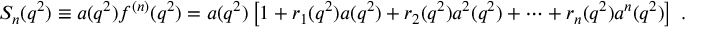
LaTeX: S _ { n } ( q ^ { 2 } ) \equiv a ( q ^ { 2 } ) f ^ { ( n ) } ( q ^ { 2 } ) = a ( q ^ { 2 } ) \left[ 1 + r _ { 1 } ( q ^ { 2 } ) a ( q ^ { 2 } ) + r _ { 2 } ( q ^ { 2 } ) a ^ { 2 } ( q ^ { 2 } ) + \cdots + r _ { n } ( q ^ { 2 } ) a ^ { n } ( q ^ { 2 } ) \right] \ .